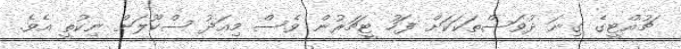
ޗުއްޓީގެ ގިނަ ދުވަސްތަކަކަށް ފަހު ޓީޗަރުން ވެސް މިއަދު ސްކޫލަށް ނިކުތީ އެވެ.